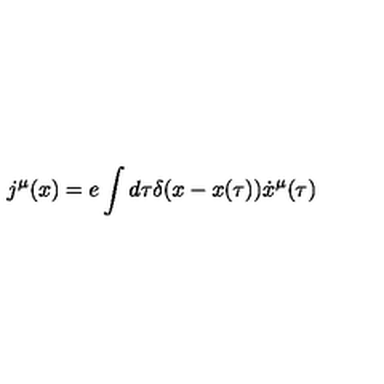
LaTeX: j ^ { \mu } ( x ) = e \int { d \tau \delta ( x - x ( \tau ) ) \dot { x } ^ { \mu } ( \tau ) }